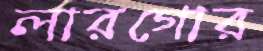
লারগোর